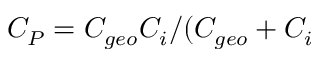
C _ { P } = C _ { g e o } C _ { i } / ( C _ { g e o } + C _ { i }